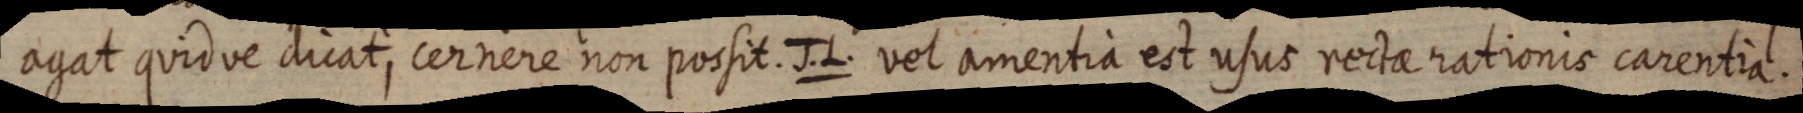
agat quid ve dicat, cernere non possit. J. L. vel amentia est usus rectae rationis carentia.